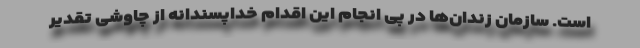
است. سازمان زندان‌ها در پی انجام این اقدام خداپسندانه از چاوشی تقدیر